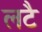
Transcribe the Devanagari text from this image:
लटै